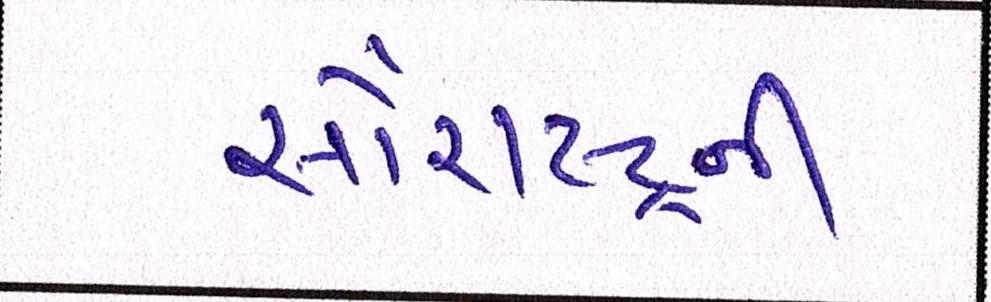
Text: સૌરાષ્ટ્રની